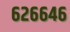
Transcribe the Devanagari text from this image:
६२६६४६